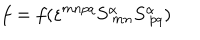
f = f ( \varepsilon ^ { m n p q } S _ { \ m n } ^ { \alpha } S _ { \ p q } ^ { \alpha } )